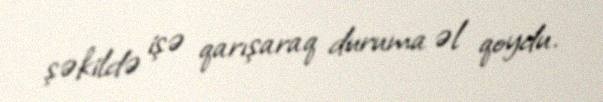
şəkildə işə qarışaraq duruma əl qoydu.